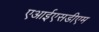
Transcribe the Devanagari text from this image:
एआईएसडीएम